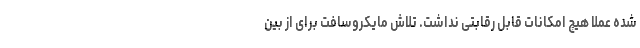
شده عملا هیچ امکانات قابل رقابتی نداشت. تلاش مایکروسافت برای از بین